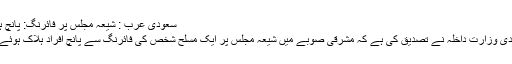
سعودی عرب : شیعہ مجلس پر فائرنگ: پانچ ہلاک
سعودی وزارتِ داخلہ نے تصدیق کی ہے کہ مشرقی صوبے میں شیعہ مجلس پر ایک مسلح شخص کی فائرنگ سے پانچ افراد ہلاک ہوئے ہیں۔